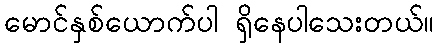
မောင်နှစ်ယောက်ပါ ရှိနေပါသေးတယ်။